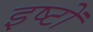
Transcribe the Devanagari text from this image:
इष्‍टों